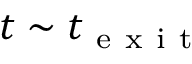
t \sim t _ { \mathrm { ~ e ~ x ~ i ~ t ~ } }